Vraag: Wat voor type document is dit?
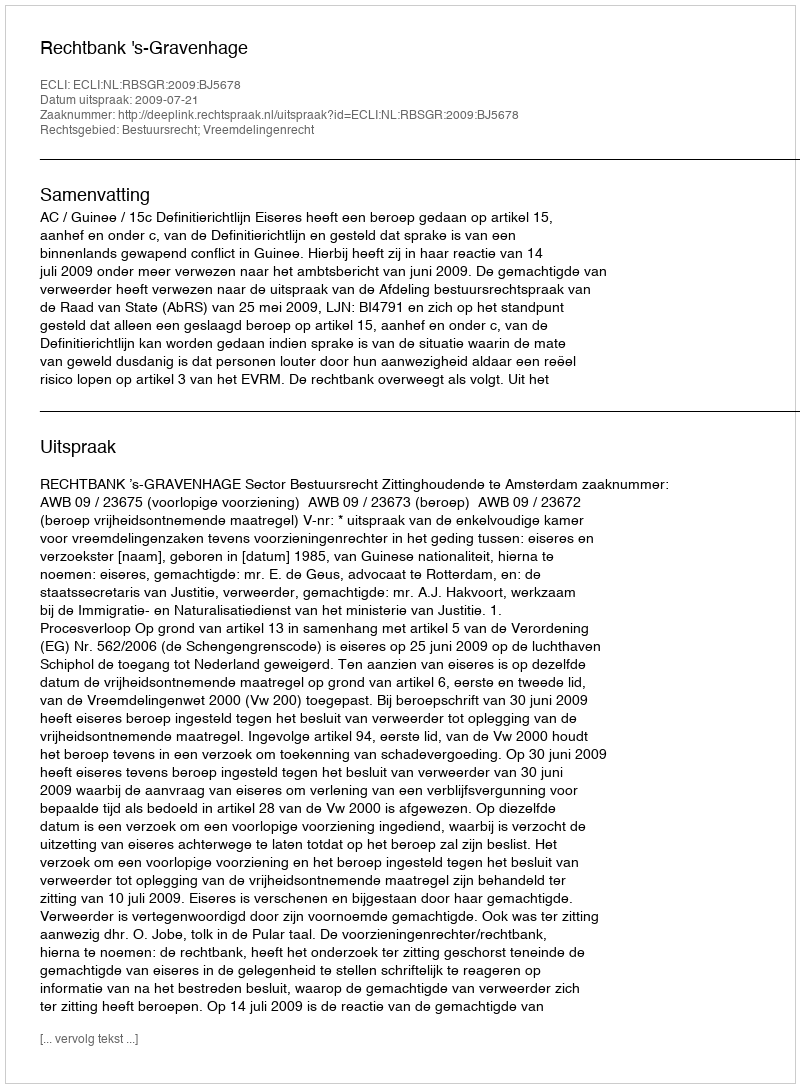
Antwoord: Uitspraak